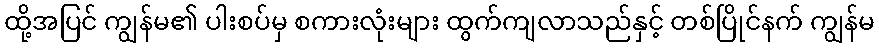
ထို့အပြင် ကျွန်မ၏ ပါးစပ်မှ စကားလုံးများ ထွက်ကျလာသည်နှင့် တစ်ပြိုင်နက် ကျွန်မ